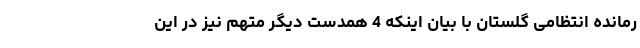
رمانده انتظامی گلستان با بیان اینکه 4 همدست دیگر متهم نیز در این